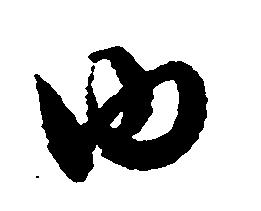
ゆ